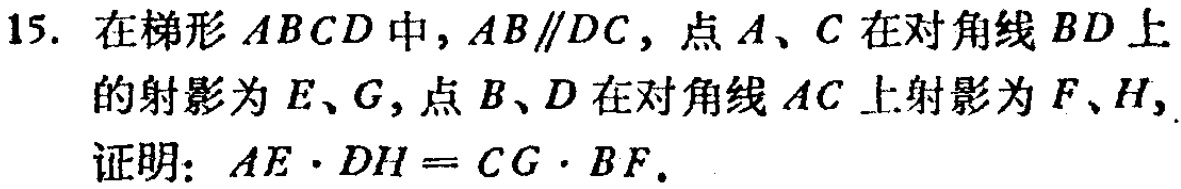
15. 在梯形 \(ABCD\) 中，\(AB\parallel DC\)，点 \(A\)、\(C\) 在对角线 \(BD\) 上的射影为 \(E\)、\(G\)，点 \(B\)、\(D\) 在对角线 \(AC\) 上射影为 \(F\)、\(H\)，

证明：\(AE\cdot DH = CG\cdot BF\)。